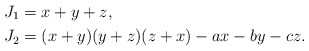
\begin{align*}J_1 &= x+y+z, \\J_2 &= (x+y)(y+z)(z+x)-ax-by-cz.\end{align*}